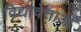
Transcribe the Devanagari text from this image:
विद्यावेत्ताओं